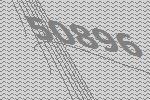
50896